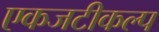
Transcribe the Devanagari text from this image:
एकजटीकल्प